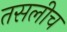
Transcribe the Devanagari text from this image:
तसलीच